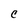
Character: C